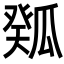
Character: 𤬉